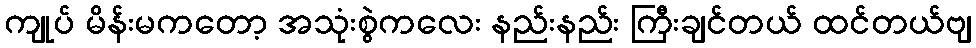
ကျုပ် မိန်းမကတော့ အသုံးစွဲကလေး နည်းနည်း ကြီးချင်တယ် ထင်တယ်ဗျ